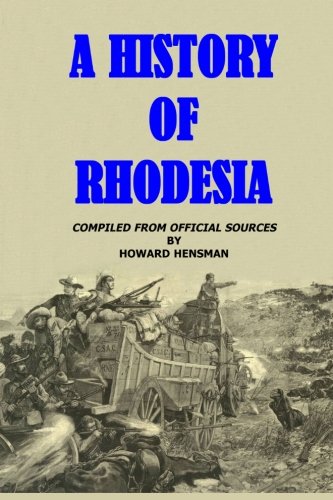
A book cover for A History of Rhodesia; Howard Hensman; History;